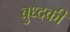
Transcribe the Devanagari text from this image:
बुध्दकी